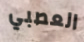
العصبي